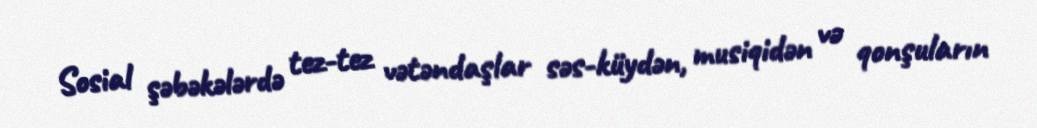
Sosial şəbəkələrdə tez-tez vətəndaşlar səs-küydən, musiqidən və qonşuların